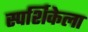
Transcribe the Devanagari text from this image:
स्पर्शिकेला